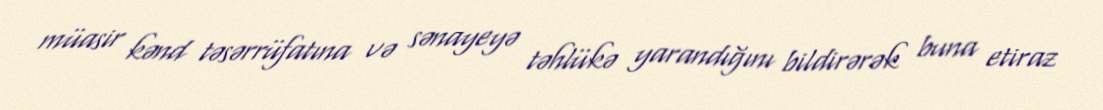
müasir kənd təsərrüfatına və sənayeyə təhlükə yarandığını bildirərək buna etiraz